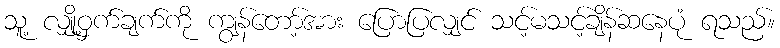
သူ့ လျှို့ဝှက်ချက်ကို ကျွန်တော့်အား ပြောပြလျှင် သင့်မသင့်ချိန်ဆနေပုံ ရသည်။